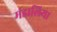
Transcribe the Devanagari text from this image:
मंडालिया